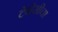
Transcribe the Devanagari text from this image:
टेनेसीचा